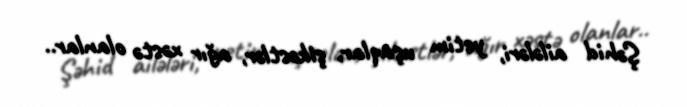
Şəhid ailələri, yetim uşaqlar, şikəstlər, ağır xəstə olanlar..